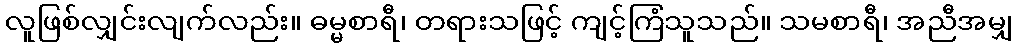
လူဖြစ်လျှင်းလျက်လည်း။ ဓမ္မစာရီ၊ တရားသဖြင့် ကျင့်ကြံသူသည်။ သမစာရီ၊ အညီအမျှ